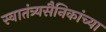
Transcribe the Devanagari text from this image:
स्वातंत्र्यसैनिकांच्या